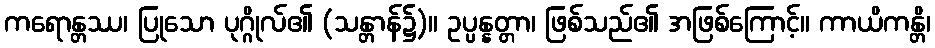
ကရောန္တဿ၊ ပြုသော ပုဂ္ဂိုလ်၏ (သန္တာန်၌)။ ဥပ္ပန္နတ္တာ၊ ဖြစ်သည်၏ အဖြစ်ကြောင့်။ ကာယိကန္တိ၊